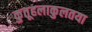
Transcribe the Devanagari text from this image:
कुतूहलाकुलतया